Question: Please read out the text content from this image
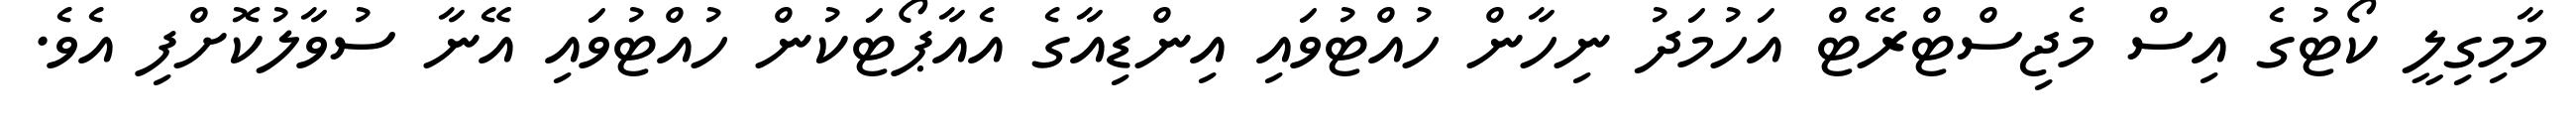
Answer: މާމިގިލީ ކޯޓުގެ އިސް މެޖިސްޓްރޭޓް އަހުމަދު ނިހާން ހުއްޓުވައި އިންޑިއާގެ އެއާޕޯޓަކުން ހުއްޓުވައި އޭނާ ސުވާލުކޮށްފި އެވެ.